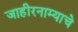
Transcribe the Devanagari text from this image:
जाहीरनाम्याचे